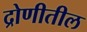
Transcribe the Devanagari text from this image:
द्रोणीतील